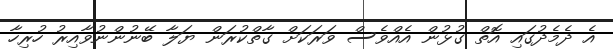
އެ ދެމެދުގައި އޮތް ގުޅުން އެއްވެސް ވަރަކަށް ގާތްކުރަން ޔަލާ ބޭނުންނުވާއިރު ހުރިހާ